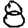
Digit: 8